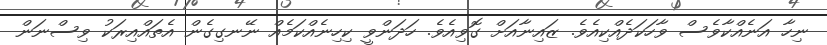
ނިހާ އަނެއްކާވެސް ވާހަކަދެއްކިއެވެ. ޒައިނާއަށް ގޮވިއެވެ. ހަދަންވީ ކިހިނެއްކަމެއް ނޭނގިގެން އެތައްއިރަކު ވިސްނަން